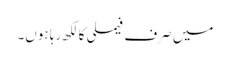
میں صرف فیملی کا لکھ رہا ہوں۔